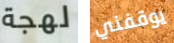
لهجة يوقفني